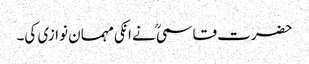
حضرت قاسمیؒ نے انکی مہمان نوازی کی۔